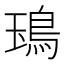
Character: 𩿱